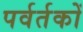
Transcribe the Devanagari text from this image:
पर्वर्तकों